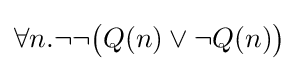
\forall n.\neg \neg {\big (}Q(n)\lor \neg Q(n){\big )}